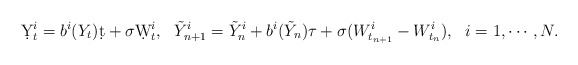
\begin{align*}\d Y_t^i = b^i(Y_t)\d t + \sigma\d W_t^i,~~\tilde Y_{n+1}^i = \tilde Y_n^i + b^i(\tilde Y_n)\tau + \sigma (W_{t_{n+1}}^i-W_{t_n}^i),~~i=1,\cdots,N.\end{align*}